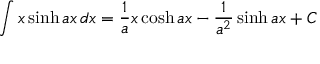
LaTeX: \int x \sinh a x \, d x = { \frac { 1 } { a } } x \cosh a x - { \frac { 1 } { a ^ { 2 } } } \sinh a x + C